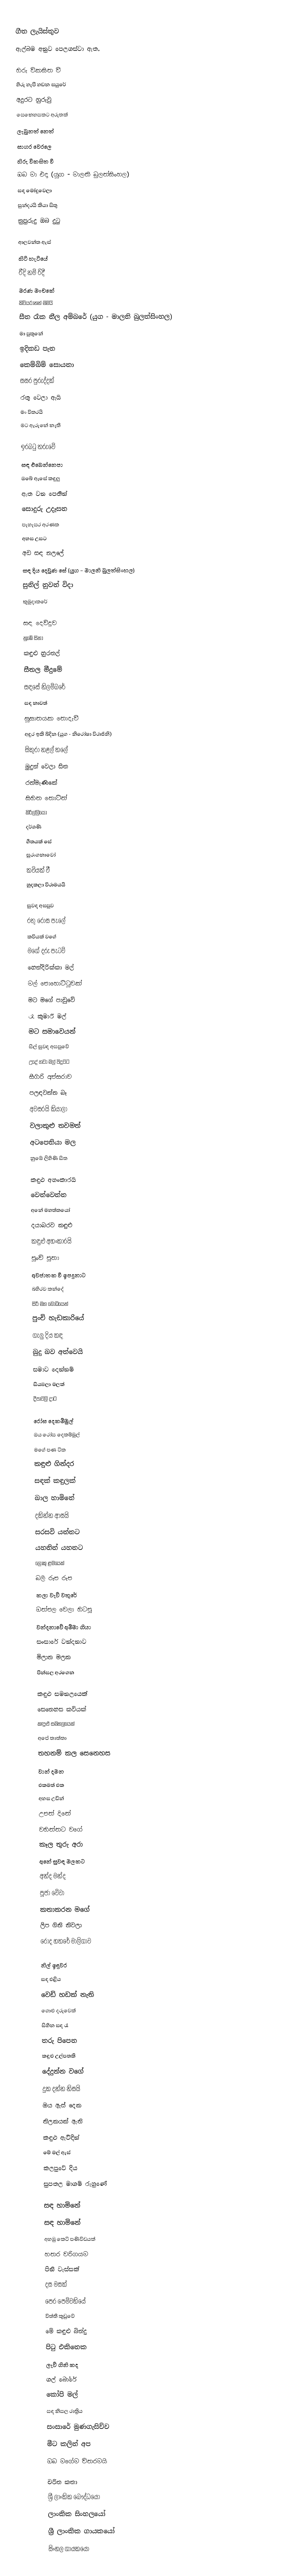

ගීත ලැයිස්තුව
ඇල්බම අනුව පෙලගස්වා ඇත.

හිරු විකසිත වී
හිරු හැපී හඩන සයුරේ
අදුරට හුරුවු
සෙනෙහසකට අරුතක්
ලැබුනත් නෙත්
සාගර වෙරලෙ
හිරු විකසිත වී
 ඹබ මා එදා (යුග - මාලනි බුලත්සිංහල)
 සඳ මෝදුවෙලා
 සුන්දරයි කියා සිතු
 නුපුරුදු ඔබ දුටු

ආලවන්ත ඇස්
හිටි හැටියේ
 රීදි නම් රිදී
 මරණ මංචකේ
 කිවියරානන් මමයි
 සීත රෑක නීල අම්බරේ (යුග - මාලනි බුලත්සිංහල)
 මා පුතුනේ
 ඉදිකඩ පැන
 කෙම්බිම් සොයනා
 සසර පුරුද්දක්
 රතු වෙලා ඇයි
 මං විතරයි
 මට ඇරුනේ නැති

ඉරබටු තරුවේ
 සඳ එබෙන්නෙපා
 ඔබේ ඇසේ කඳුලු
 ඈත වන ‍පෙතින්
 සොදුරු උදෑසන
 පැහැසර අරණක
 අහස උසට
 අඩ සඳ නලලේ
 සඳ දිය දෙවුණ සේ (යුග - මාලනි බුලත්සිංහල)
 සුනිල් නුවන් විදා
 කුමුදාකරේ

සඳ දෙව්දුව
 නුඹේ සිනා
 කඳුළු හුරතල්
 සීතල මීදුමේ
 සඳසේ නිලම්බරේ
 සඳ නාවත්
 සුසානයක නොදැවී
 අඳුර ඉකි බිදින (යුග - නිරෝෂා විරාජිනි)
 සිකුරා නළල් තලේ
 මුදුන් වෙලා සිත
 රන්මැණිකේ
 සිහින තොටින්
 කිරිල්ලියෝ
 දර්ශණි
 ගීතයක් සේ
 සුරංගනාවෝ
 කවියක් වී
 හුදකලා විරාමයයි

සුවඳ අසපුව
 රතු රෝස පැලේ
 කවියක් වගේ
 මගේ දරු පැටව්
 හෙන්දිරික්කා මල්
 මල් පොහොට්ටුවක්
 මට මගේ පාඩුවේ
 රෑ කුමාරි මල්
 මට සමාවෙයන්
 සිල් සුවඳ අසපුවේ
 උදේ හවා මල් පිදුවට
 සීගිරි අප්සරාව
 පලඳවන්න බෑ
 අවසරයි කියාලා
 වලාකුළු තවමත්
 අටපෙතියා මල
 නුඹේ ලිහිණි සිත

කඳුළු අහංකාරයි
 වෙන්වෙන්න
 අනේ මහත්තයෝ
 දයාබරව කඳුළු
 කඳුළු අහංකාරයි
 පුංචි පුතා
 අවජාතක වී ඉපදුනාට
 බහිරව කන්දේ
 සිරි මහ බෝධියෙන්
 පුංචි හැඩකාරියේ
 ගැලු දිය කඳ
 බුදු බව අත්වෙයි
 සමාව දෙන්නම්
 සියඹලා මලක්
 දීපාවලි දාට

රෝස ⁣දෙකම්මුල්
 ඔය රෝස දෙකම්මුල්
 මගේ පණ ටික
 කඳුළු ගින්දර
 සඳක් කඳුලක්
 බාල හාමිනේ
 දකින්න ආසයි
 සරසවි යන්නට
 යහනින් යහනට
 ලොකු ළමයෙක්
 බලි රූප රූප
 කලා වැව් වතුරේ
 ඔත්පල වෙලා හිටපු
 වන්දනාවේ අම්මා ගියා
 සංසාරේ වන්දනාව
 මිලාන මලක
 පින්සල අරගෙන

කඳුළු සමනලයෙක්
 සෙනෙහස කවියක්
 කඳුළු සමනලයෙක්
 අපේ තාත්තා
 තහනම් කල සෙනෙහස
 වාන් දමන
 එකමත් එක
 අහස උඩින්
 උපන් දිනේ
 වහින්නට වගේ
 කෑල තුරු අරා
 අනේ සුවඳ මලකට
 අන්ද මන්ද
 පූජා වේවා
 කතාකරන මගේ
 ලිප ගිනි නිවලා
 රෝද හතරේ මාලිගාව

නිල් ඉඳුවර
 සඳ එළිය
 වෙඩි හඩක් නැති
 ගොළු දරුවෙක්
 සිහින සඳ රෑ
 තරු පිපෙන
 කඳුළු උල්පතකි
 දේදුන්න වගේ
 දුක දන්න නිසයි
 ඔය ඇස් දෙක
 තිලකයක් ඇති
 කඳුළු ඇවිදින්
 මේ මල් ඇස්
 කලපුවේ දිය
 සුපතල මාගම් රුහුණේ

සඳ හාමිනේ
 සඳ හාමිනේ
 අහඹු කෙටි පණිවිඩයක්
 හතර වරිගයම
 පිනි වැස්සක්
 දස මසක්
 පෙර පෙම්වතියේ
 විත්ති කූඩුවේ
 මේ කඳුළු බින්දු
 පිටු එකිනෙක
 ලැව් ගිනි කද
 ගල් බෝරේ
 කෝපි මල්
 සඳ නිසල රාත්‍රිය
 සංසාරේ මුණගැසිච්ච
 මීට කලින් අප
 ඔබ මගේම විතරමයි

චරිත කතා
ශ්‍රී ලාංකික බෞද්ධයෝ
ලාංකික සිංහලයෝ
ශ්‍රී ලාංකික ගායකයෝ
සිංහල ගායකයෝ